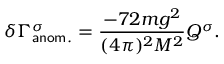
\delta \Gamma _ { \sf { a n o m . } } ^ { \sigma } = \frac { - 7 2 m g ^ { 2 } } { ( 4 \pi ) ^ { 2 } M ^ { 2 } } Q ^ { \sigma } .